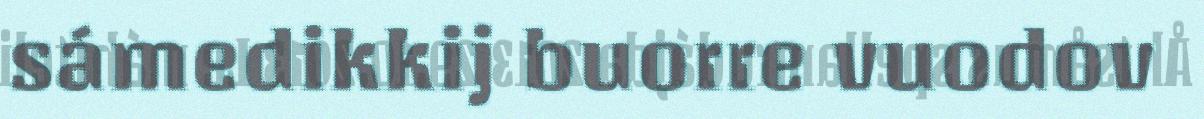
sámedikkij buorre vuodov